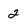
Character: 2